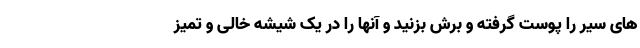
های سیر را پوست گرفته و برش بزنید و آنها را در یک شیشه خالی و تمیز